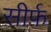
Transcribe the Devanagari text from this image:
सीर्फ़